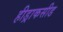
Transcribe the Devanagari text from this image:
हीड्राकसीड